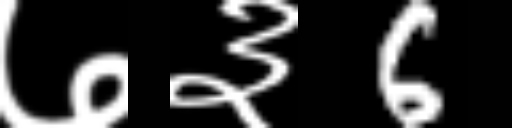
Text: ७३6